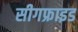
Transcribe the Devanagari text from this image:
सीगफ्राइड